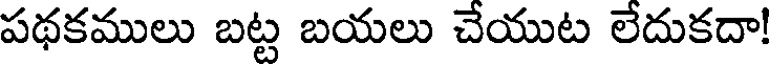
పథకములు బట్ట బయలు చేయుట లేదుకదా!